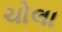
ચોલા